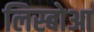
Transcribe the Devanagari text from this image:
लिस्बोआ